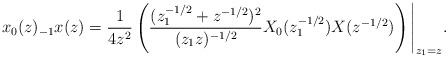
LaTeX: \begin{align*}x_{0}(z)_{-1}x(z)=\frac{1}{4z^{2}}\left(\frac{(z_1^{-1/2} +z^{-1/2})^{2}}{(z_{1}z)^{-1/2}}X_{0}(z_1^{-1/2})X(z^{-1/2})\right)\Bigg|_{z_1=z}.\end{align*}